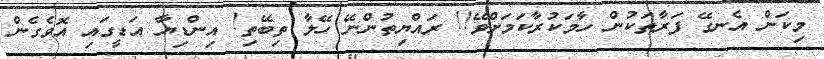
މިކަން އެނގޭ ފަރާތަކުން ހާމަކުރާކަމަށްވޭ!! ރައްޔިތުންނޭ ހޭލާ ތިބޭތި! އިންޑިޔާ އަޑީގައި އޮވެގެން